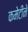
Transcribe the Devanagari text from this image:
कमेटीने